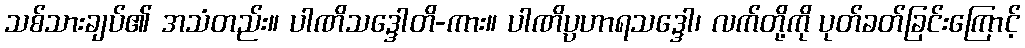
သစ်သားချပ်၏ အသံတည်း။ ပါဏိသဒ္ဒေါတိ-ကား။ ပါဏိပ္ပဟာရသဒ္ဒေါ၊ လက်တို့ကို ပုတ်ခတ်ခြင်းကြောင့်